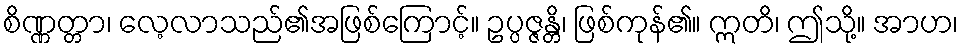
စိဏ္ဏတ္တာ၊ လေ့လာသည်၏အဖြစ်ကြောင့်။ ဥပ္ပဇ္ဇန္တိ၊ ဖြစ်ကုန်၏။ ဣတိ၊ ဤသို့။ အာဟ၊